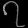
Digit: ၇